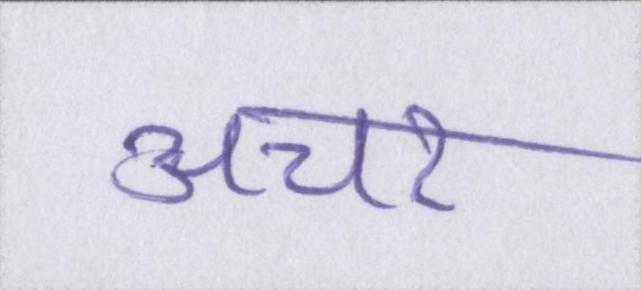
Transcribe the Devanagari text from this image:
अचर